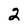
Character: 2